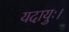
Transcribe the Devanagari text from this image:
यदायुः।